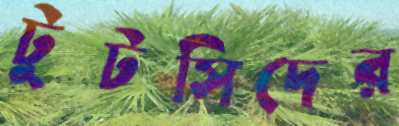
টুটসিদের